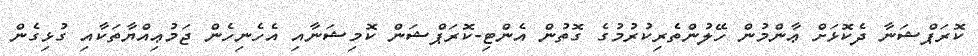
ކޮރަޕްޝަނާ ދެކޮޅަށް ޢާންމުން ހޭލުންތެރިކުރުމުގެ ގޮތުން އެންޓި-ކޮރަޕްޝަން ކޮމިޝަނާއި އެހެނިހެން ޖަމުޢިއްޔާތަކާއި ގުޅިގެން